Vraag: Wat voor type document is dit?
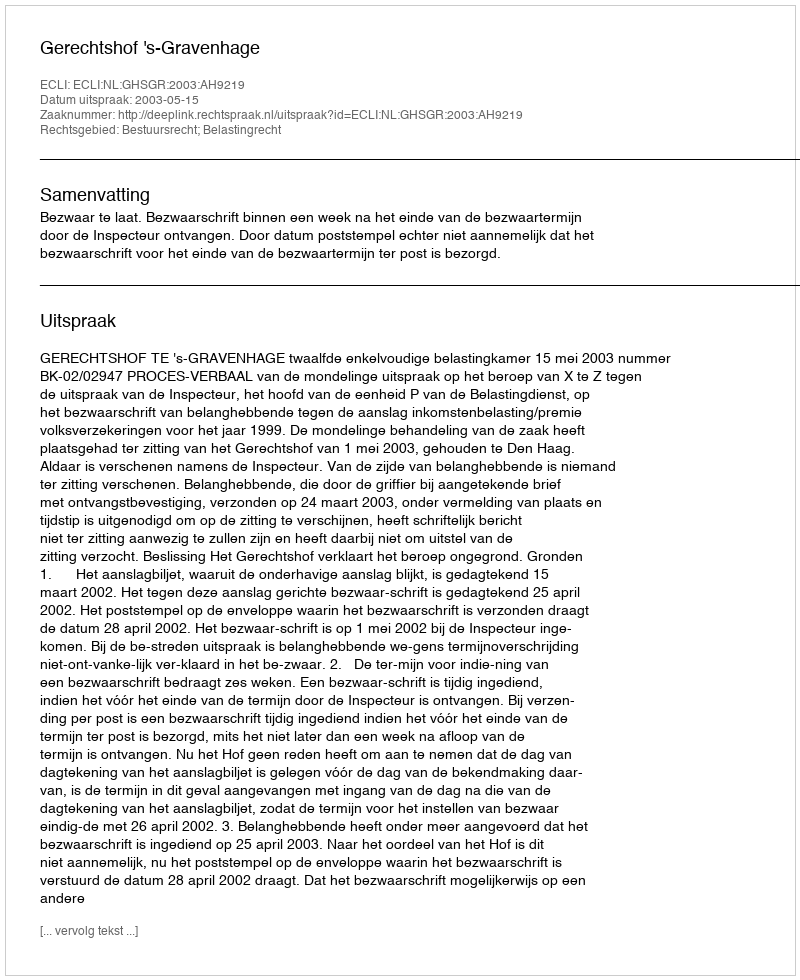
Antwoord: Uitspraak